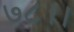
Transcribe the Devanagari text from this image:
७८।।